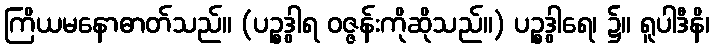
ကြိယမနောဓာတ်သည်။ (ပဉ္စဒွါရ ဝဇ္ဇန်းကိုဆိုသည်။) ပဉ္စဒွါရေ၊ ၌။ ရူပါဒီနိ၊